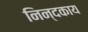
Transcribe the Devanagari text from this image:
निन्दकाय